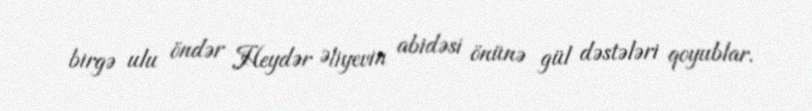
birgə ulu öndər Heydər Əliyevin abidəsi önünə gül dəstələri qoyublar.